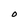
Character: O